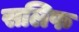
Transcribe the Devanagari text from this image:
सलिफ